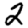
Digit: 2